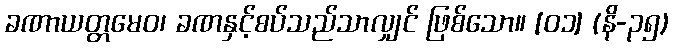
ခဏာယတ္တမေဝ၊ ခဏနှင့်စပ်သည်သာလျှင် ဖြစ်သော။ [၀၁] (နိ-၃၅)